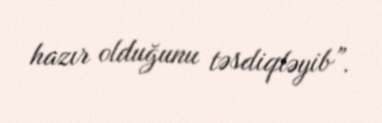
hazır olduğunu təsdiqləyib”.